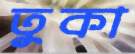
তুকা